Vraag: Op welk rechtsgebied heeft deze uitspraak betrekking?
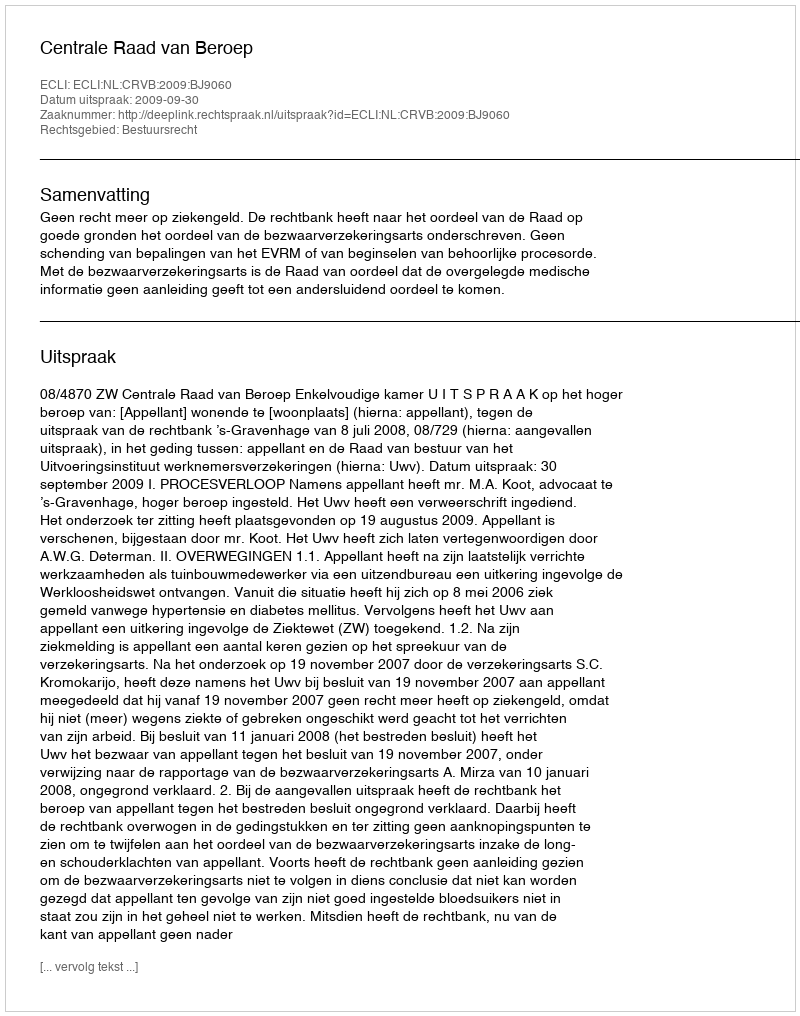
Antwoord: Bestuursrecht